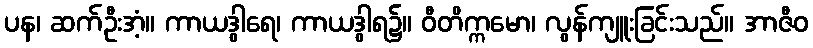
ပန၊ ဆက်ဦးအံ့။ ကာယဒွါရေ၊ ကာယဒွါရ၌။ ဝီတိက္ကမော၊ လွန်ကျူးခြင်းသည်။ အာဇီဝ